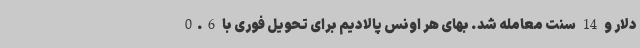
دلار و 14 سنت معامله شد. بهای هر اونس پالادیم برای تحویل فوری با 0.6